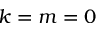
k = m = 0